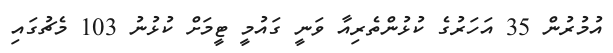
އުމުރުން 35 އަހަރުގެ ކުޅުންތެރިއާ ވަނީ ގައުމީ ޓީމަށް ކުޅުނު 103 މެޗުގައި